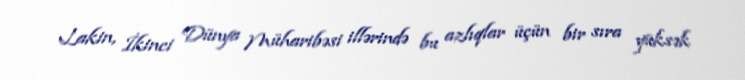
Lakin, İkinci Dünya Müharibəsi illərində bu azlıqlar üçün bir sıra yüksək